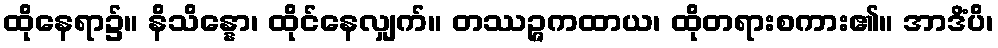
ထိုနေရာ၌။ နိသိန္နော၊ ထိုင်နေလျှက်။ တဿဉ္ဇကထာယ၊ ထိုတရားစကား၏။ အာဒိံပိ၊